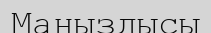
Маңыздысы